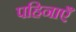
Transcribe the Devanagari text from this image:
पहिनाएँ